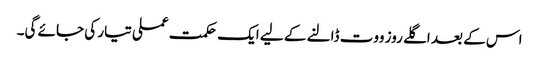
اس کے بعد اگلے روز ووت ڈالنے کے لیے ایک حکمت عملی تیار کی جائے گی۔